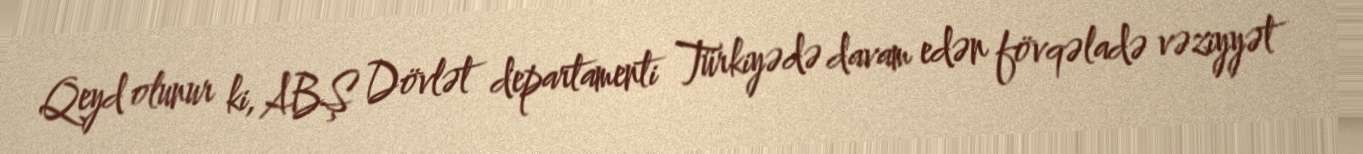
Qeyd olunur ki, ABŞ Dövlət departamenti Türkiyədə davam edən fövqəladə vəziyyət